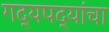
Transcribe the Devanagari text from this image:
गद्यपद्यांचा